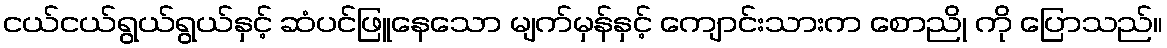
ငယ်ငယ်ရွယ်ရွယ်နှင့် ဆံပင်ဖြူနေသော မျက်မှန်နှင့် ကျောင်းသားက စောညို ကို ပြောသည်။